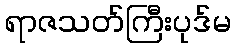
ရာဇသတ်ကြီးပုဒ်မ